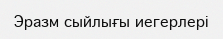
Эразм сыйлығы иегерлері